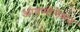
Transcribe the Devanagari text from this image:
आयसोलेशन